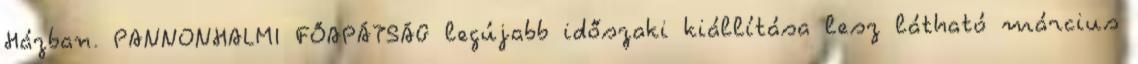
Házban. PANNONHALMI FŐAPÁTSÁG legújabb időszaki kiállítása lesz látható március